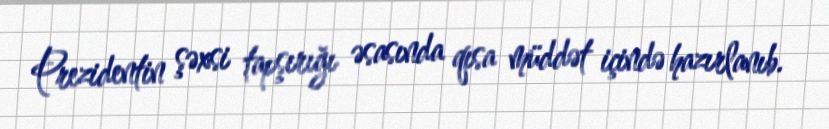
Prezidentin şəxsi tapşırığı əsasında qısa müddət içində hazırlanıb.